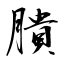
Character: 膭